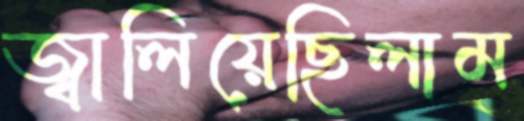
জ্বালিয়েছিলাম